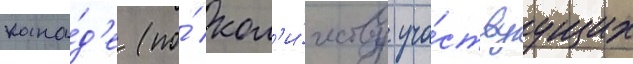
кана́д'е (по́ кол'и́честву уча́ствуущих